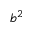
b ^ { 2 }